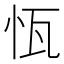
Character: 𱞈